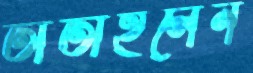
তাতাইলেন